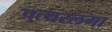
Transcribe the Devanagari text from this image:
पत्थरलगा